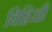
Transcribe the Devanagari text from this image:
विहिरही